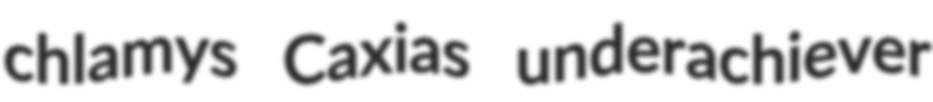
chlamys Caxias underachiever